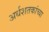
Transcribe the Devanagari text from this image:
अर्धशतकांच्या